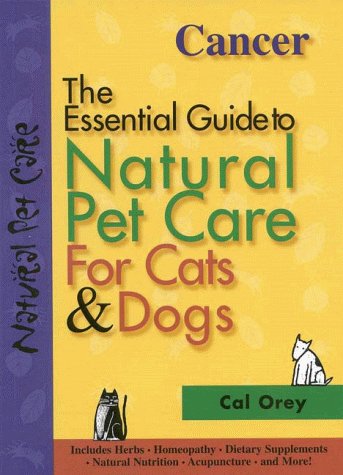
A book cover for Cancer: The Essential Guide to Natural Pet Care; Cal Orey; Medical Books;